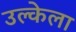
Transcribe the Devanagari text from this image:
उल्केला